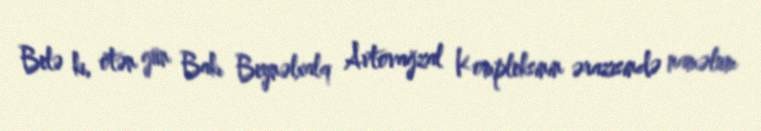
Belə ki, ötən gün Bakı Beynəlxalq Avtovağzal Kompleksinin ərazisində naməlum